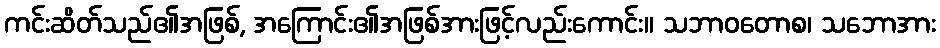
ကင်းဆိတ်သည်၏အဖြစ်, အကြောင်း၏အဖြစ်အားဖြင့်လည်းကောင်း။ သဘာဝတောစ၊ သဘောအား